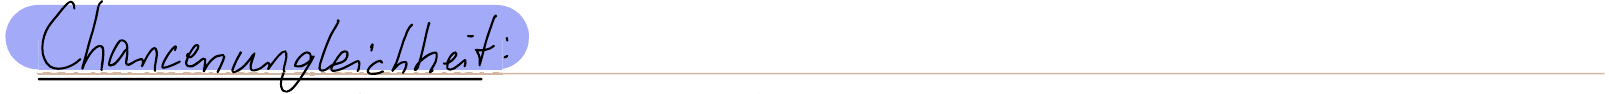
Chancengleicheit: